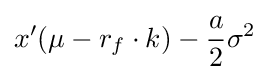
x'(\mu -r_{f}\cdot k)-{\frac {a}{2}}\sigma ^{2}